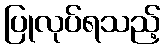
ပြုလုပ်ရသည့်